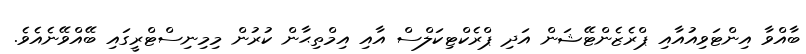
ބާއްވާ އިންޓަވިއުއާއި ޕްރެޒެންޓޭޝަން އަދި ޕްރެކްޓިކަލްސް އާއި އިމްތިޙާން ކުރުން މިމިނިސްޓްރީގައި ބޭއްވޭނެއެވެ.